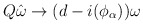
\begin{align*}Q\hat{\omega} \to (d-i(\phi_{\alpha}))\omega\end{align*}